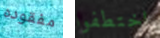
مفقوده اختطفوا